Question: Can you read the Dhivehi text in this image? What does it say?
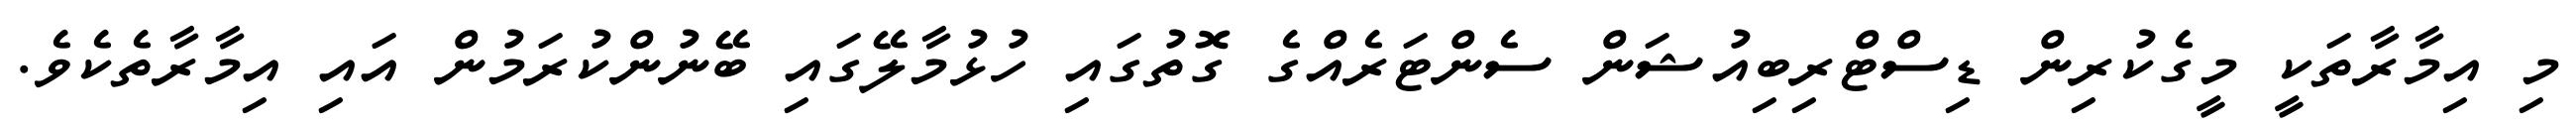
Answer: މި އިމާރާތަކީ މީގެކުރިން ޑިސްޓްރިބިއުޝަން ސެންޓަރެއްގެ ގޮތުގައި ހުޅުމާލޭގައި ބޭނުންކުރަމުން އައި އިމާރާތެކެވެ.